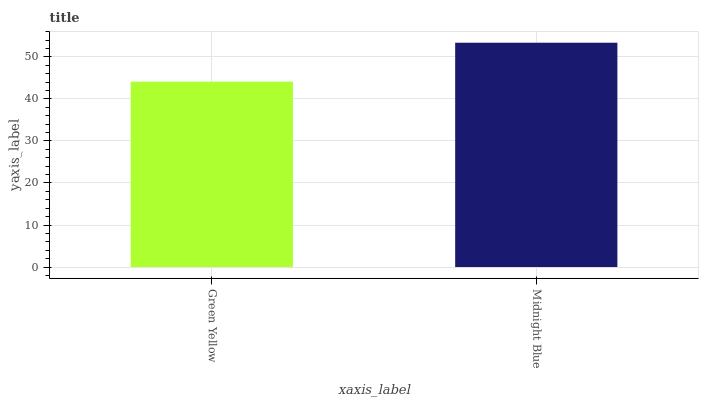
| xaxis_label | bars |
 | --- | --- |
 | Green Yellow | 44.1 |
 | Midnight Blue | 53.4 |